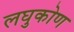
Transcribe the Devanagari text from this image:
लघुकोण